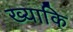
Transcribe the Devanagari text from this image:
ख्याकि